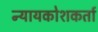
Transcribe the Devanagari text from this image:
न्यायकोशकर्ता